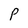
Character: P